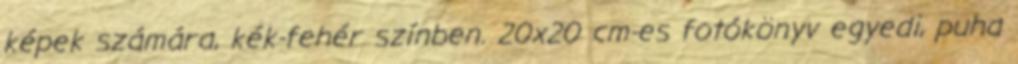
képek számára, kék-fehér színben. 20x20 cm-es fotókönyv egyedi, puha